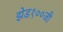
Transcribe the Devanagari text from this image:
झेड१००जी